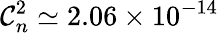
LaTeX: \mathcal{C}_{n}^{2}\simeq2.06\times10^{-14}